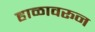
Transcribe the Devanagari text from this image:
हाळावरून